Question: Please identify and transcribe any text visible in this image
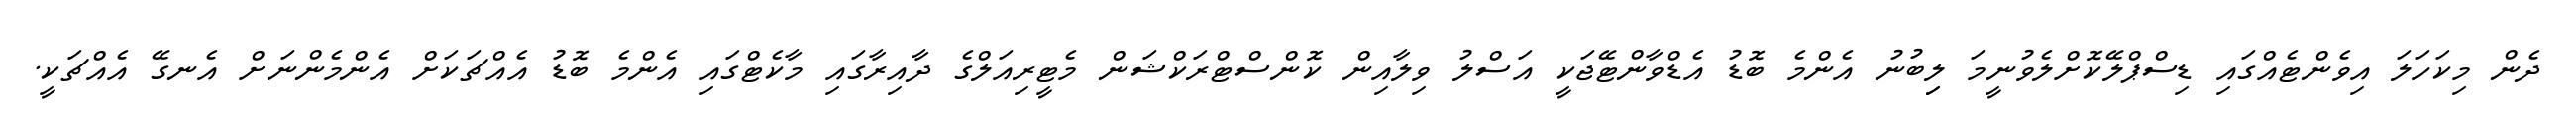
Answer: ދެން މިކަހަލަ އިވެންޓެއްގައި ޑިސްޕްލޭކޮށްލެވުނީމަ ލިިބުނު އެންމެ ބޮޑު އެޑްވާންޓޭޖަކީ އަސްލު ވިލާއިން ކޮންސްޓްރަކްޝަން މެޓީރިއަލްގެ ދާއިރާގައި މާކެޓްގައި އެންމެ ބޮޑު އެއްޗަކަށް އެންމެންނަށް އެނގޭ އެއްޗަކީ.